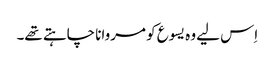
‏ اِس لیے وہ یسوع کو مروانا چاہتے تھے۔